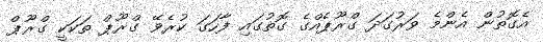
އެގޮތުން އެންމެ ވަރުގަދަ ގްރޫޕެއްގެ ގޮތުގައި ފާހަގަ ކުރެވޭ ގްރޫޕް ތަކަކީ ގްރޫޕް